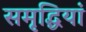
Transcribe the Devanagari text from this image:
समृद्धियां